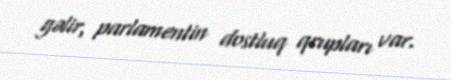
gəlir, parlamentin dostluq qrupları var.